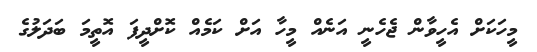
މީހަކަށް އެހީވާން ޖެހެނީ އަނެއް މީހާ އަށް ކަމެއް ކޮށްދީފަ އޮތީމަ ބަދަލުގެ